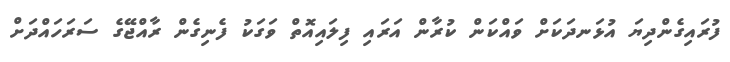
ފުރައިގެންދިޔަ އުޅަނދަކަށް ވައްކަން ކުރާން އަރައި ފިލައިއޮތް ވަގަކު ފެނިގެން ރާއްޖޭގެ ސަރަހައްދަށް